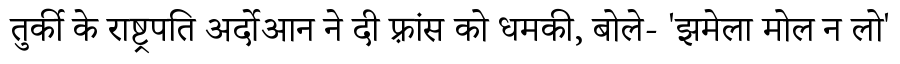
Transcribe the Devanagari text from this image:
तुर्की के राष्ट्रपति अर्दोआन ने दी फ़्रांस को धमकी, बोले- 'झमेला मोल न लो'